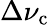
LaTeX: \Delta\nu_{\mathrm{c}}